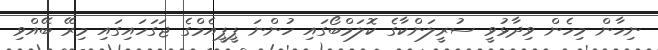
ނިހާން މިހެން ވިދާޅުވީ ސުރީލަންކާގެ ކޮލަމްބޯގައި ހުންނަ ޕީޕީއެމްގެ ޖަގަހައިގައި މިރޭ ބޭއްވި